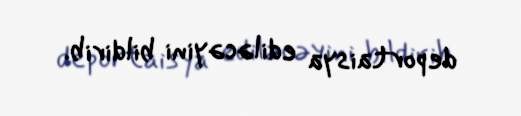
deportaisya ediləcəyini bildirib.